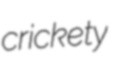
crickety